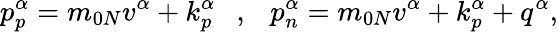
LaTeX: p_{p}^{\alpha}=m_{0N}v^{\alpha}+k_{p}^{\alpha}~~~,~~~p_{n}^{\alpha}=m_{0N}v^{\alpha}+k_{p}^{\alpha}+q^{\alpha},